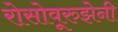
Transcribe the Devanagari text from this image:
रोसोवूरुझेनी